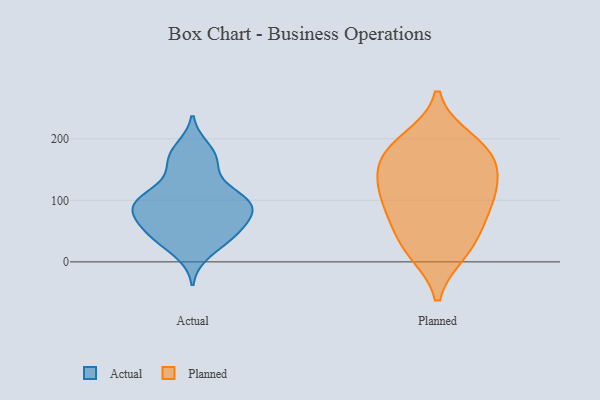
{"axis": {"x": "Customer Acquisition Cost (USD)", "y": "Value"}, "legend": ["Actual", "Planned"], "data": [{"x": "", "y": 62, "type": "Actual"}, {"x": "", "y": 151, "type": "Actual"}, {"x": "", "y": 45, "type": "Actual"}, {"x": "", "y": 101, "type": "Actual"}, {"x": "", "y": 38, "type": "Actual"}, {"x": "", "y": 85, "type": "Actual"}, {"x": "", "y": 76, "type": "Actual"}, {"x": "", "y": 111, "type": "Actual"}, {"x": "", "y": 15, "type": "Actual"}, {"x": "", "y": 81, "type": "Actual"}, {"x": "", "y": 91, "type": "Actual"}, {"x": "", "y": 173, "type": "Actual"}, {"x": "", "y": 41, "type": "Actual"}, {"x": "", "y": 92, "type": "Actual"}, {"x": "", "y": 164, "type": "Actual"}, {"x": "", "y": 48, "type": "Actual"}, {"x": "", "y": 98, "type": "Actual"}, {"x": "", "y": 112, "type": "Actual"}, {"x": "", "y": 184, "type": "Actual"}, {"x": "", "y": 18, "type": "Planned"}, {"x": "", "y": 107, "type": "Planned"}, {"x": "", "y": 106, "type": "Planned"}, {"x": "", "y": 151, "type": "Planned"}, {"x": "", "y": 51, "type": "Planned"}, {"x": "", "y": 171, "type": "Planned"}, {"x": "", "y": 168, "type": "Planned"}, {"x": "", "y": 132, "type": "Planned"}, {"x": "", "y": 65, "type": "Planned"}, {"x": "", "y": 98, "type": "Planned"}, {"x": "", "y": 198, "type": "Planned"}, {"x": "", "y": 16, "type": "Planned"}, {"x": "", "y": 189, "type": "Planned"}]}